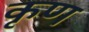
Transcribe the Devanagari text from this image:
कृण